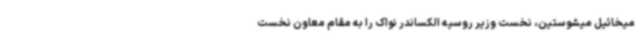
میخائیل میشوستین، نخست وزیر روسیه الکساندر نواک را به مقام معاون نخست